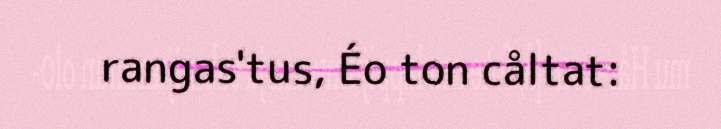
rangas'tus, Éo ton cåltat: